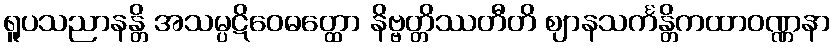
ရူပသညာနန္တိ အသမ္ပဋိဝေဓတ္ထော နိဗ္ဗတ္တိဿတီတိ ဈာနသင်္ကန္တိကထာဝဏ္ဏနာ